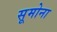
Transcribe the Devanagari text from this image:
सूमोना